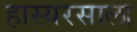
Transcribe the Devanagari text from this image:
हास्यरसाला